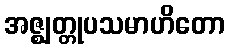
အဇ္ဈတ္တုပသမာဟိတော